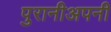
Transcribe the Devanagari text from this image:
पुरानीअपनी